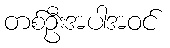
တစ်ဦးအပါအဝင်